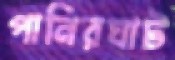
পানিরঘাট